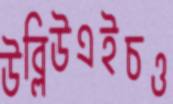
উব্লিউএইচও